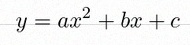
y=ax^2+bx+c